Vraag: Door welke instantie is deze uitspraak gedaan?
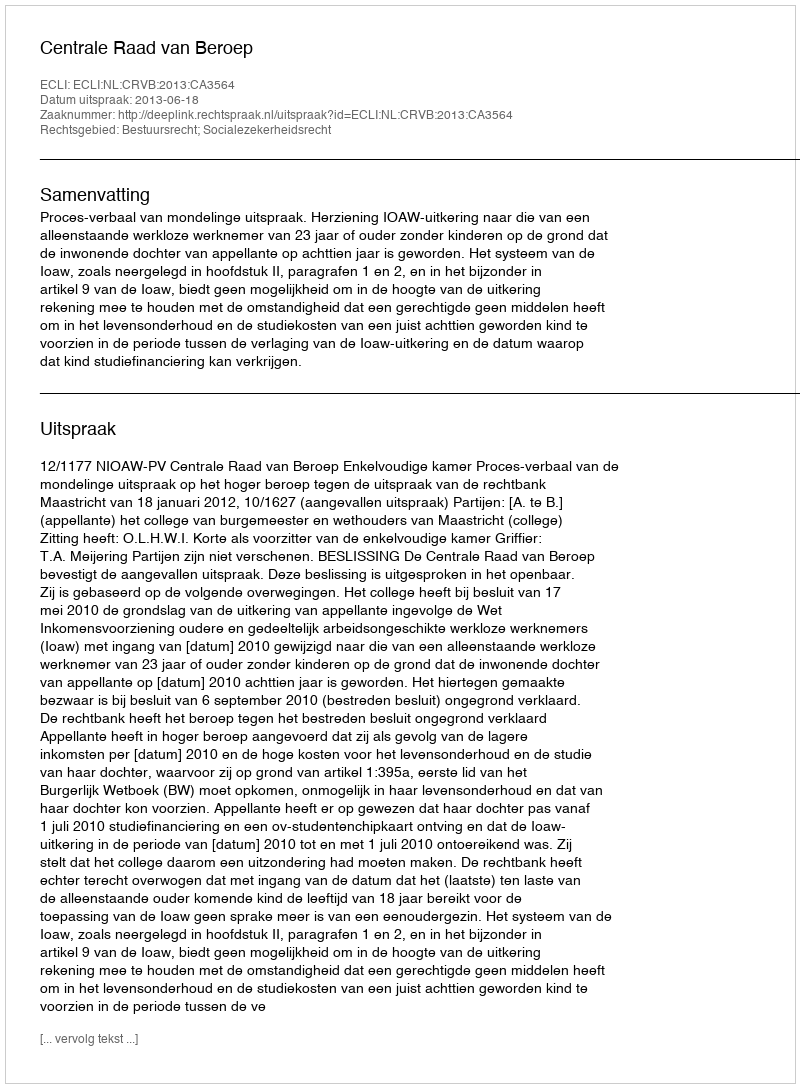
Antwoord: Centrale Raad van Beroep